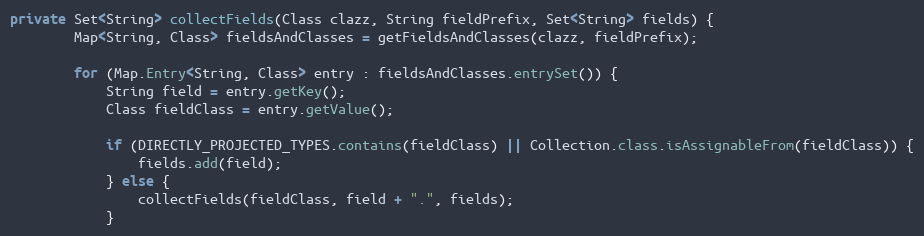
Language: Java
private Set<String> collectFields(Class clazz, String fieldPrefix, Set<String> fields) {
        Map<String, Class> fieldsAndClasses = getFieldsAndClasses(clazz, fieldPrefix);

        for (Map.Entry<String, Class> entry : fieldsAndClasses.entrySet()) {
            String field = entry.getKey();
            Class fieldClass = entry.getValue();

            if (DIRECTLY_PROJECTED_TYPES.contains(fieldClass) || Collection.class.isAssignableFrom(fieldClass)) {
                fields.add(field);
            } else {
                collectFields(fieldClass, field + ".", fields);
            }